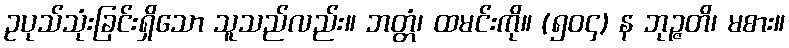
ဥပုသ်သုံးခြင်းရှိသော သူသည်လည်း။ ဘတ္တံ၊ ထမင်းကို။ (၅၀၄) န ဘုဉ္ဇတိ၊ မစား။